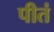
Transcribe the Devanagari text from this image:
पीतं